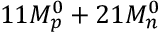
1 1 M _ { p } ^ { 0 } + 2 1 M _ { n } ^ { 0 }